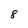
Character: 8